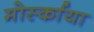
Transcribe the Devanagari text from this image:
मोर्स्काया